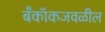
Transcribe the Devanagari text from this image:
बँकॉकजवळील